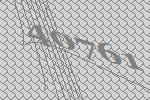
40761